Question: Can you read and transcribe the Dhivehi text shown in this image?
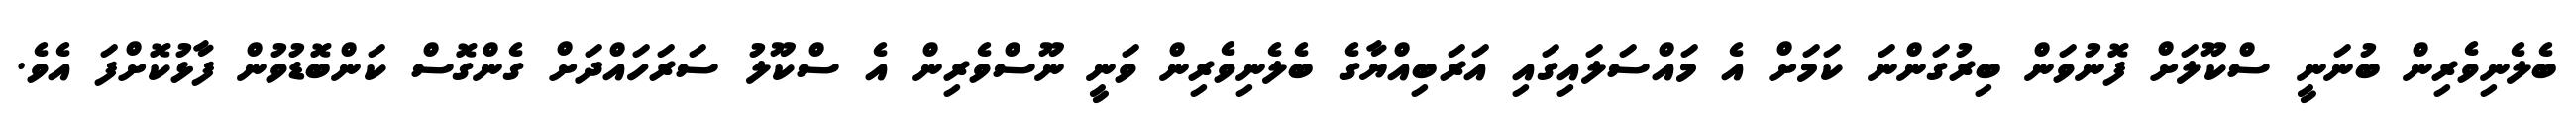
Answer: ބެލެނިވެރިން ބުނަނީ ސްކޫލަށް ފޮނުވަން ބިރުގަންނަ ކަމަށް އެ މައްސަލައިގައި އަރަބިއްޔާގެ ބެލެނިވެރިން ވަނީ ނޫސްވެރިން އެ ސްކޫލު ސަރަހައްދަށް ގެންގޮސް ކަންބޮޑުވުން ފާޅުކޮށްފަ އެވެ.